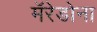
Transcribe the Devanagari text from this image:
मॅरेडोना